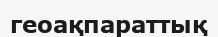
геоақпараттық